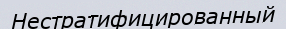
Нестратифицированный